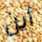
أين